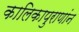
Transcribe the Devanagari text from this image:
कालिकापुराणांन